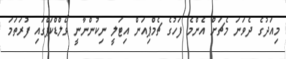
މިއަދުގެ ދެވަނަ މެޗަށް އެންމެ ފަހުގެ ޗެމްޕިއަން އިޓަލީ ނިކުންނާނީ ވޯލްޑްކަޕްގައި ފުރަތަމަ